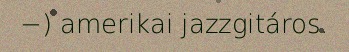
−) amerikai jazzgitáros.